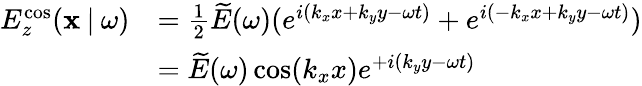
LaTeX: \begin{array}{rl}{E_{z}^{\mathrm{cos}}(\mathbf{x}\: |\: \omega)}&{=\frac{1}{2}\widetilde{E}(\omega)(e^{i(k_{x}x+k_{y}y-\omega t)}+e^{i(-k_{x}x+k_{y}y-\omega t)})}\\ &{=\widetilde{E}(\omega)\cos(k_{x}x)e^{+i(k_{y}y-\omega t)}}\end{array}